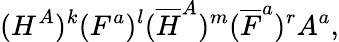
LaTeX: (H^{A})^{k}(F^{a})^{l}({\overline{{H}}}^{A})^{m}({\overline{{F}}}^{a})^{r}A^{a},